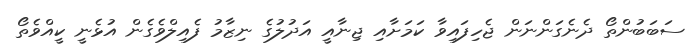
ސަބަބުންތޯ ދެނެގަންނަން ޖެހިފައިވާ ކަމަށާއި ޖިނާއީ އަދުލުގެ ނިޒާމު ފެއިލްވެގެން އުޅެނީ ކީއްވެތޯ